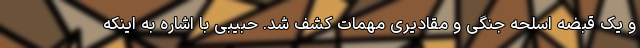
و یک قبضه اسلحه جنگی و مقادیری مهمات کشف شد. حبیبی با اشاره به اینکه